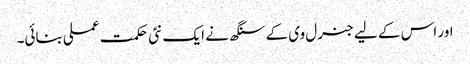
اور اس کے لیے جنرل وی کے سنگھ نے ایک نئی حکمت عملی بنائی۔